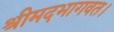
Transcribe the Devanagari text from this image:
श्रीमदभागवत।